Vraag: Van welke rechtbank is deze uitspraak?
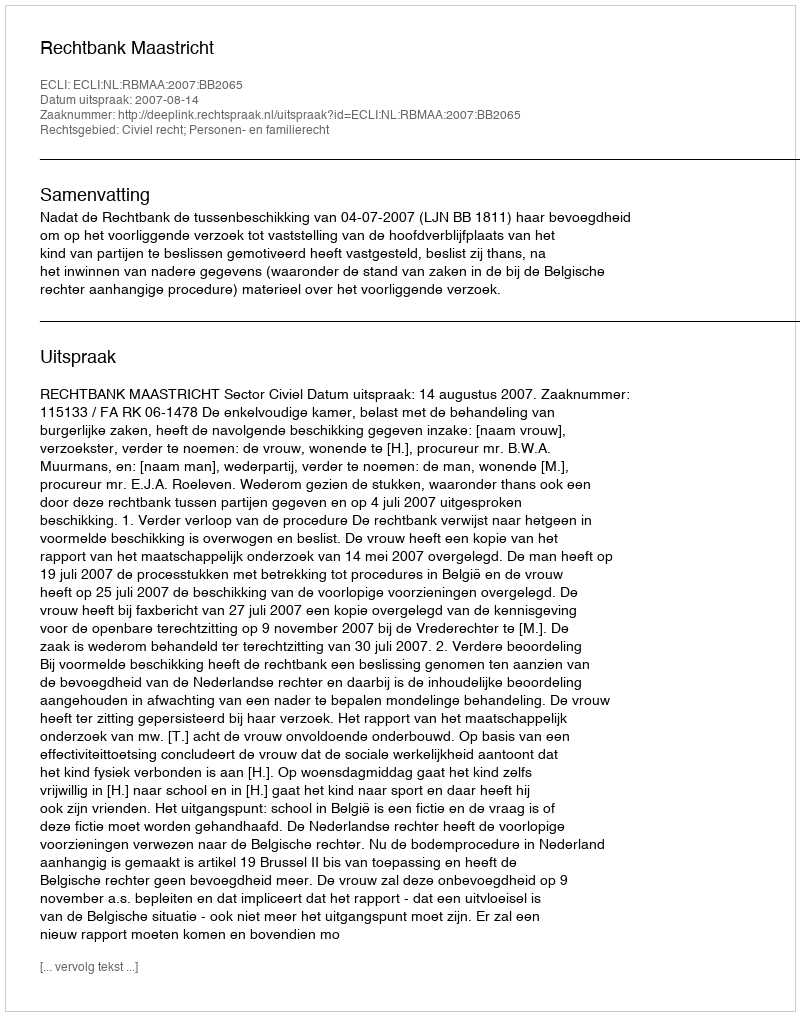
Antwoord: Rechtbank Maastricht